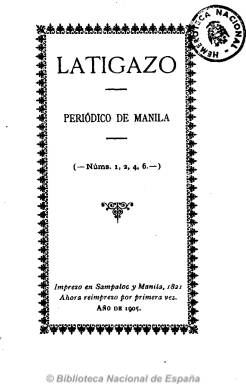
Título: Latigazo (Manila. Reimp. en Sevilla)
Colección: Periódicos anteriores a 1850
Ámbito geográfico: Filipinas
Lugar de publicación: Sevilla
Fechas: 01/01/1821-31/01/1821

Reimpresión del año 1905 de los números 1, 2, 4 y 6 del periódico titulado Latigazo, según los ejemplares existentes en el Archivo de Indias. Apareció en mayo de 1821 y, sin periodicidad fija, aunque probablemente mensual, es uno de los periódicos que se publican en Filipinas al calor de la restauración de la libertad de imprenta durante el Trienio Liberal. Su primer número es impreso en Sampáloc, y los demás salen de la Imprenta de Santo Tomás, de Manila. Su autor, un hispano-filipino que firma bajo las iniciales F.V., inserta en cada número un extenso artículo dialogado, en prosa y en verso y con algún acento sarcástico, con el que polemiza sobre los principios constitucionales doceañistas, el espíritu ilustrado, el liberalismo y el clericalismo, y también sobre los acontecimientos políticos que se suceden en la colonia española, polemizando también con El ramillete patriótico, otro de los periódicos que se publican durante este periodo en Filipinas.